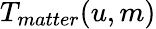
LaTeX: T_{matter}(u,m)